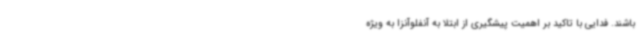
باشند. فدایی با تاکید بر اهمیت پیشگیری از ابتلا به آنفلوآنزا به ویژه